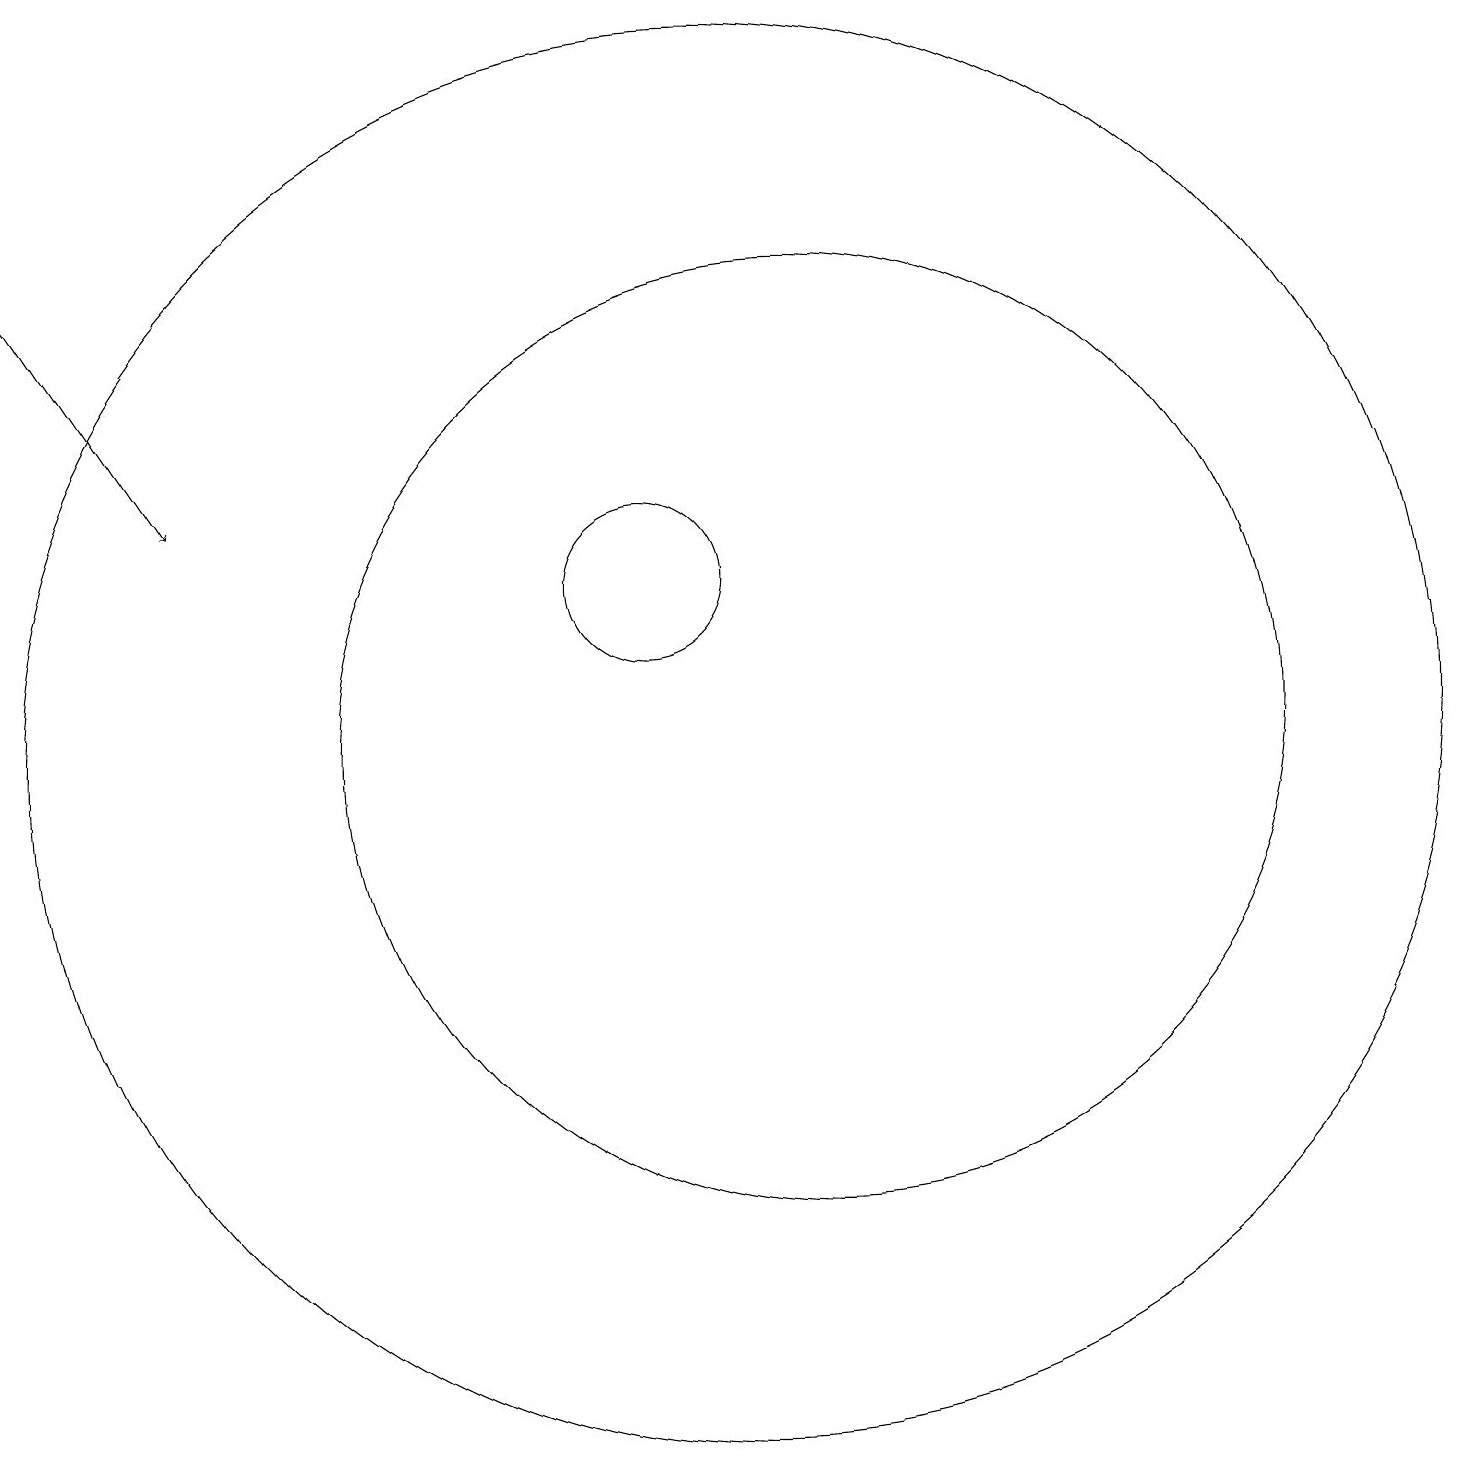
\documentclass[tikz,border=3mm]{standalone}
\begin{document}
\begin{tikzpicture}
\draw (12,10) circle (6);
\draw (10,12) circle (1);
\draw[->] (2,16) -- (4,13);
\draw (11,10) circle (9);
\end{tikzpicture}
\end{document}